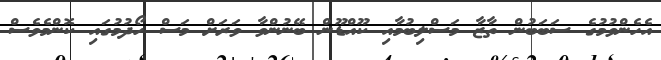
އެހެންވުމުގެ ސަބަބުން ތާޒާ މަސްލިބުމާއި ކޫއްޑޫން ބޭނުންވާ ވަރަށް މަސް ހޯދުމުގައި ކޮންމެވެސް